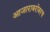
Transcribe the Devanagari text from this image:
आजाराबरोबरच